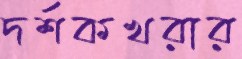
দর্শকখরার